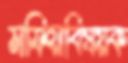
মাফিয়াবিষয়ক